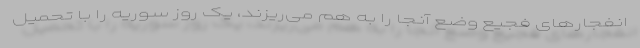
انفجارهای فجیع وضع آنجا را به هم می‌ریزند، یک روز سوریه را با تحمیل